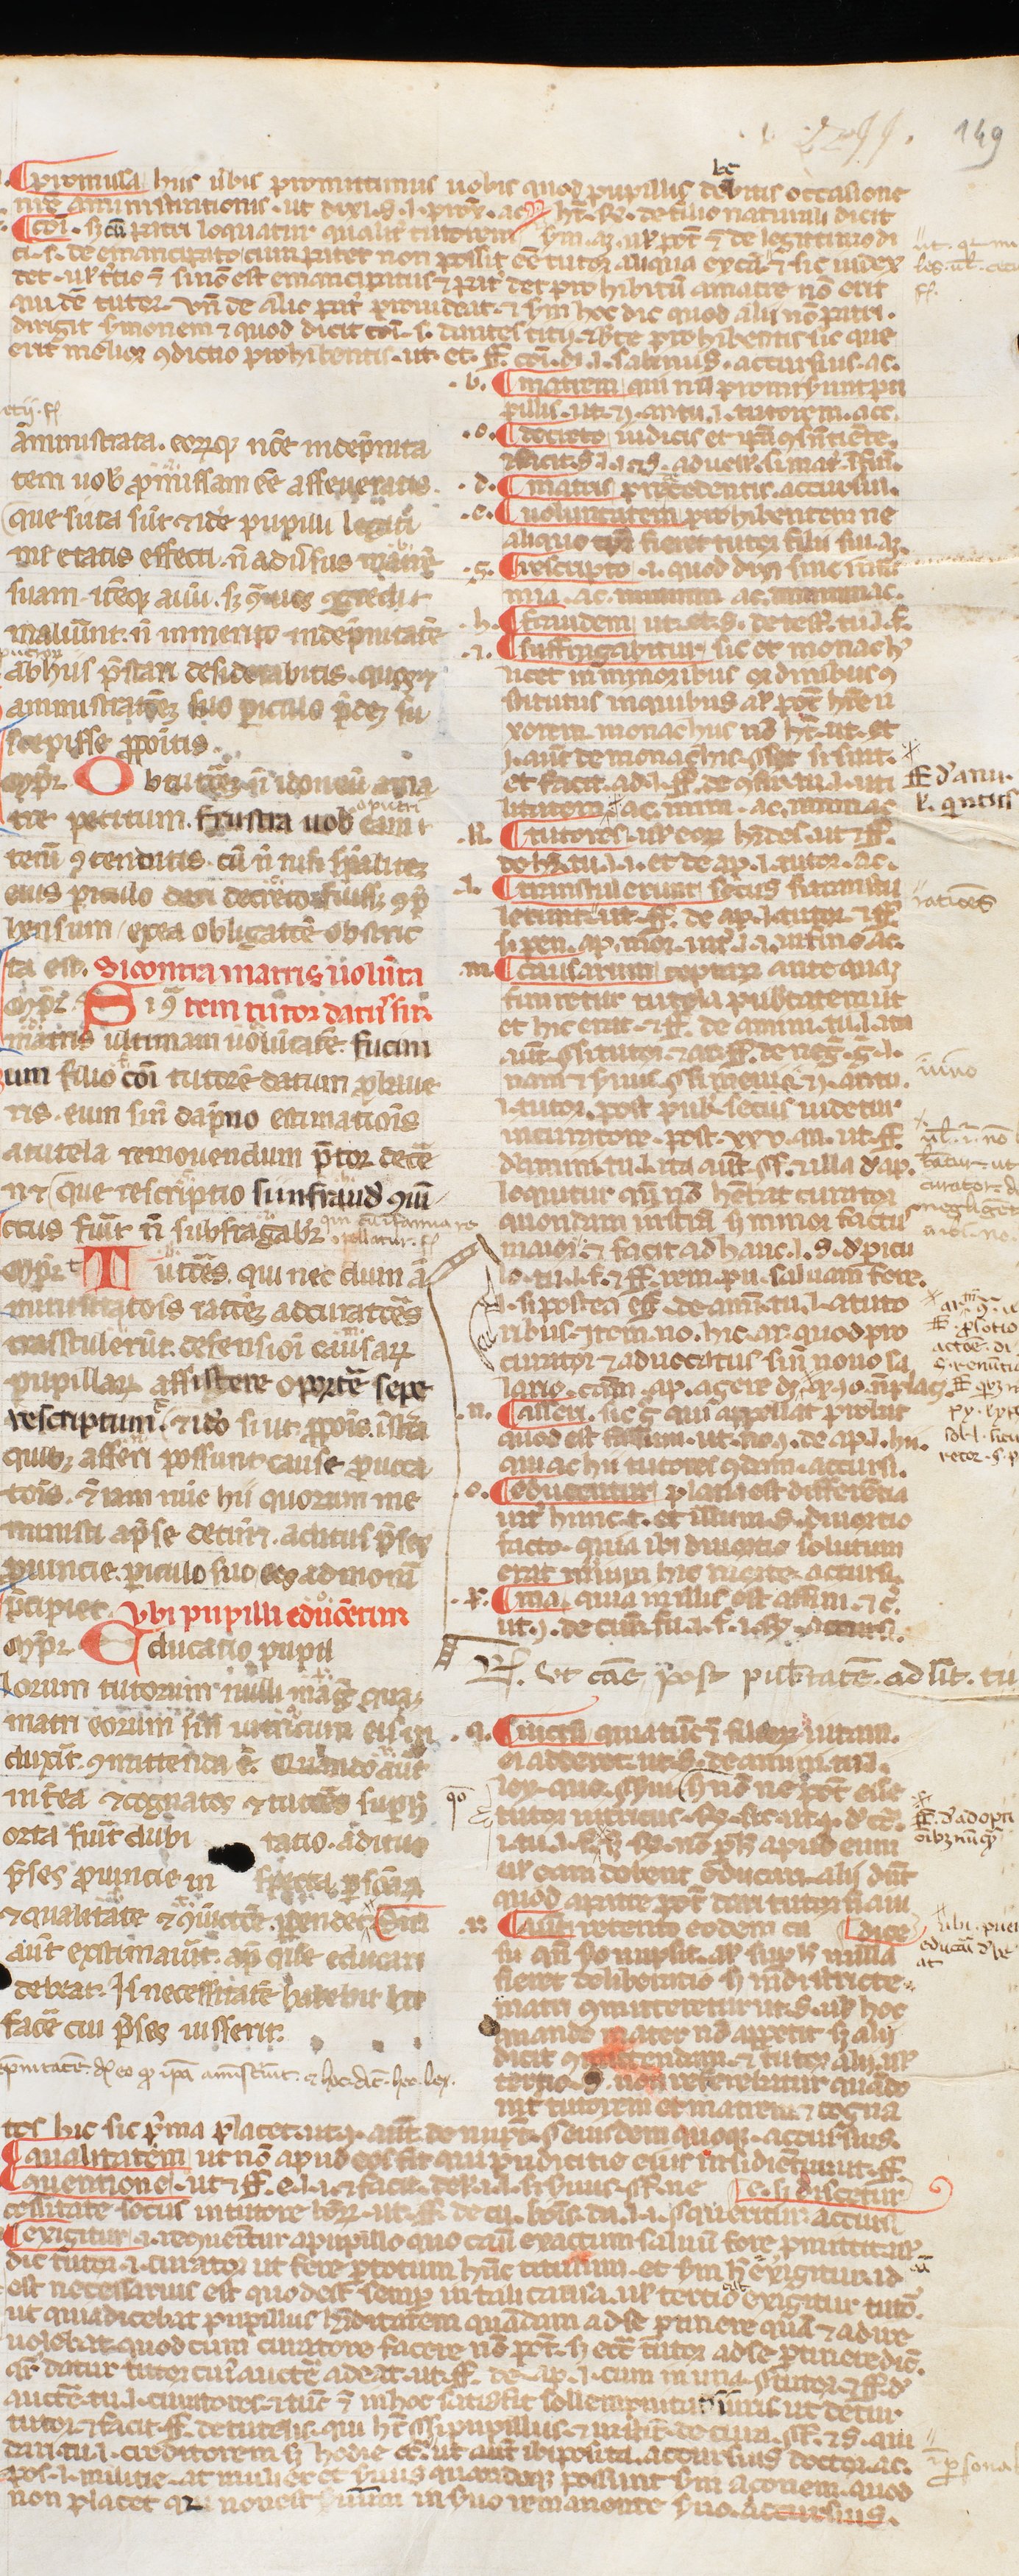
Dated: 1250–1399